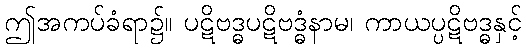
ဤအကပ်ခံရာ၌။ ပဋိဗဒ္ဓပဋိဗဒ္ဓံနာမ၊ ကာယပ္ပဋိဗဒ္ဓနှင့်